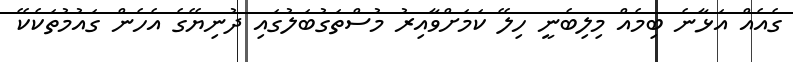
ގެއެއް އަޅާނެ ބިމެއް މިލިބެނީ ހިލޭ ކަމަށްވާއިރު މުސްތަގުބަލުގައި ދުނިޔޭގެ އެހެން ގައުމުތަކެކޭ